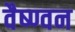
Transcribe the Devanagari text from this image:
वैष्ण्वन